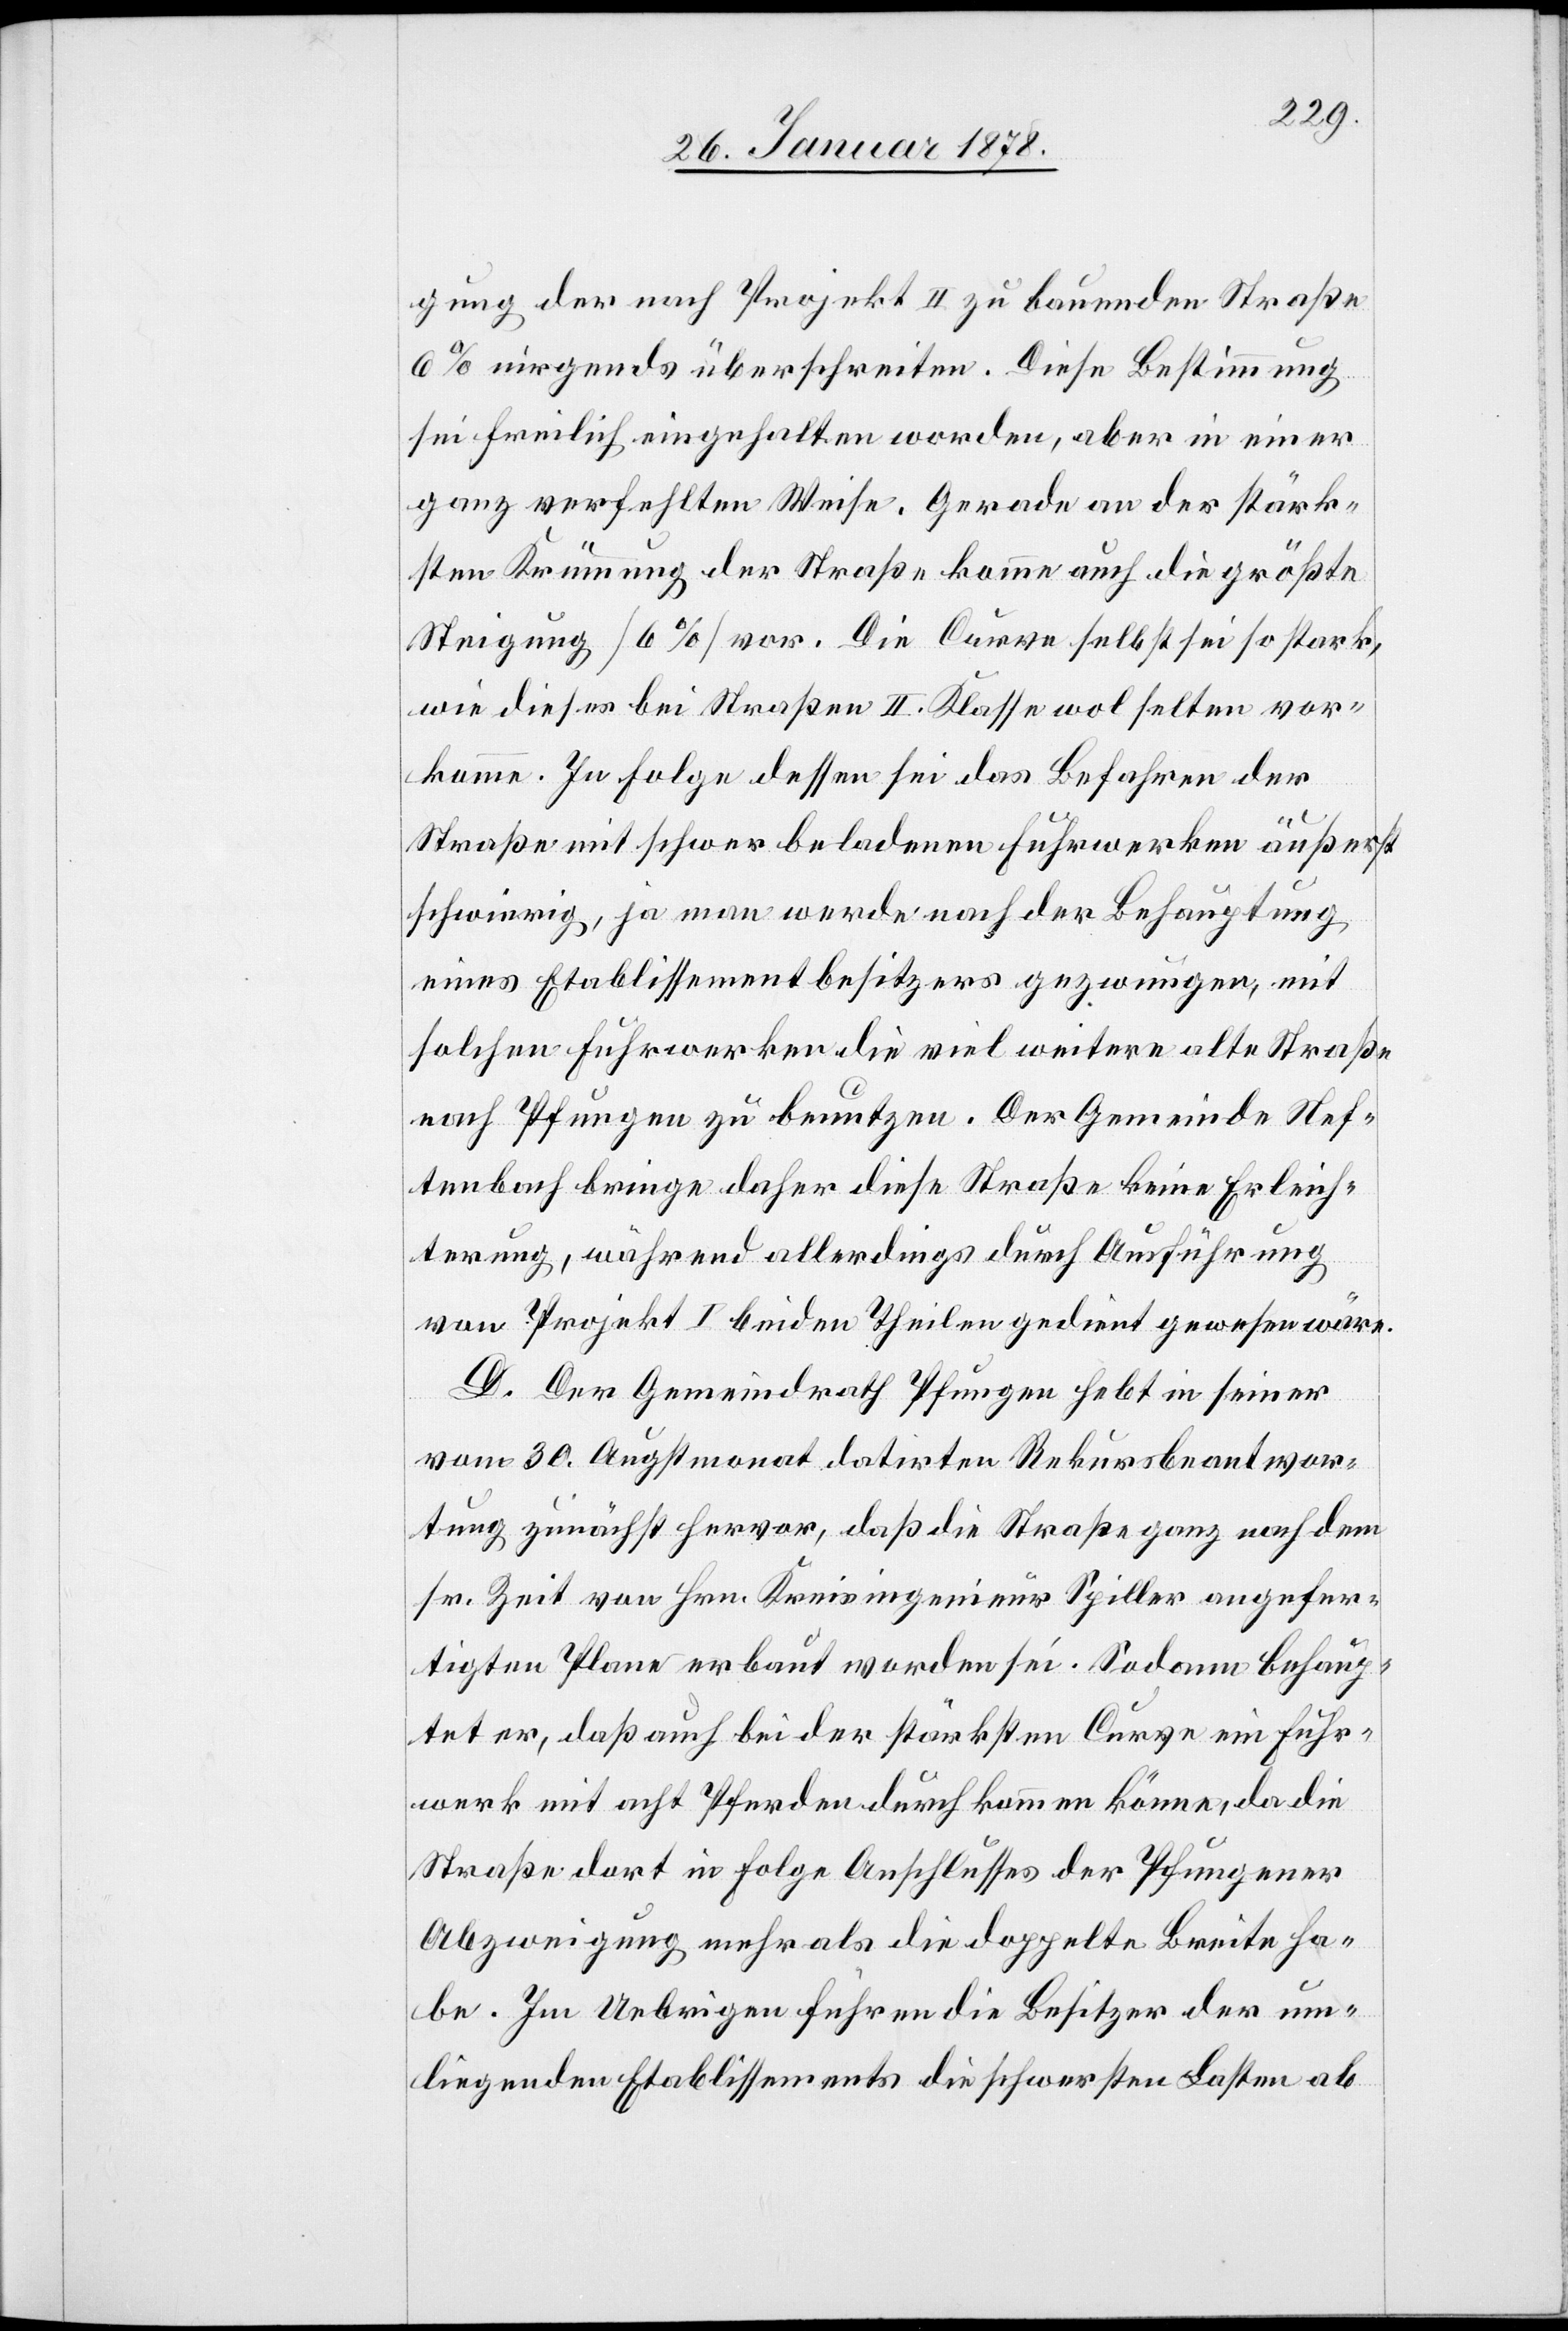
gung der nach Projekt II. zu bauenden Straße
6% nirgends überschreiten. Diese Bestimmung
sei freilich eingehalten worden, aber in einer
ganz verfehlten Weise. Gerade an der stärk¬
sten Krümmung der Straße komme auch die größte
Steigung (6%) vor. Die Curve selbst sei so stark,
wie dieses bei Straßen II. Klasse wol selten vor¬
komme. In Folge dessen sei das Befahren der
Straße mit schwer beladenen Fuhrwerken äußerst
schwierig, ja man werde nach der Behauptung
eines Etablissementbesitzers gezwungen, mit
solchen Fuhrwerken die viel weitere alte Straße
nach Pfungen zu benutzen. Der Gemeinde Nef¬
tenbach bringe daher diese Straße keine Erleich¬
terung, während allerdings durch Ausführung
von Projekt I beiden Theilen gedient gewesen wäre.
D. Der Gemeindrath Pfungen hebt in seiner
vom 30. Augstmonat datirten Rekursbeantwor¬
tung zunächst hervor, daß die Straße ganz nach dem
sr. Zeit von Hrn. Kreisingenieur Spiller angefer¬
tigten Plane erbaut worden sei. Sodann behaup¬
tet er, daß auch bei der stärksten Curve ein Fuhr¬
werk mit acht Pferden durchkommen könne, da die
Straße dort in Folge Anschlusses der Pfungener
Abzweigung mehr als die doppelte Breite ha¬
be. Im Uebrigen führen die Besitzer der um¬
liegenden Etablissements die schwersten Lasten ab